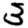
Digit: 3